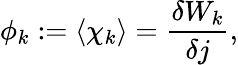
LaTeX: \phi_{k}:=\langle\chi_{k}\rangle=\frac{\delta W_{k}}{\delta j},